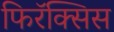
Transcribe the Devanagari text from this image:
फिरॅक्सिस